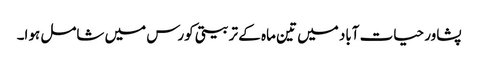
پشاور حیات آباد میں تین ماہ کے تربیتی کورس میں شامل ہوا۔